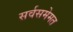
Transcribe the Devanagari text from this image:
सर्वसमेमत